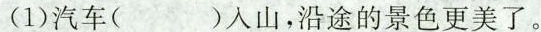
（1）汽车（）入山，沿途的景色更美了。